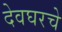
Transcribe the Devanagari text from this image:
देवघरचे